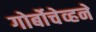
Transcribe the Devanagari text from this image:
गोर्बोचेव्हने